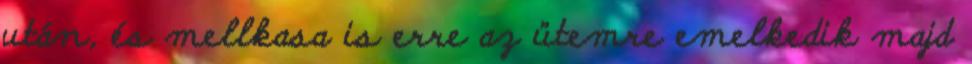
után, és mellkasa is erre az ütemre emelkedik majd